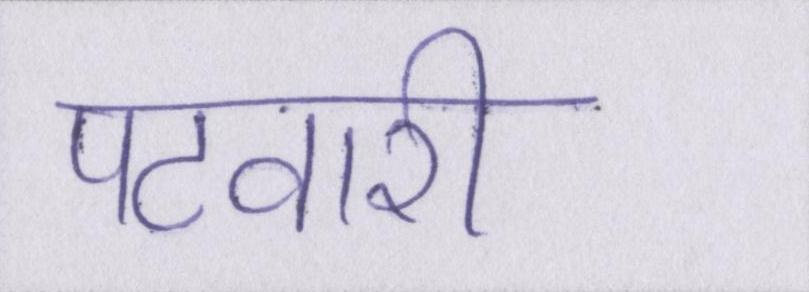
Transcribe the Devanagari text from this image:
पटवारी